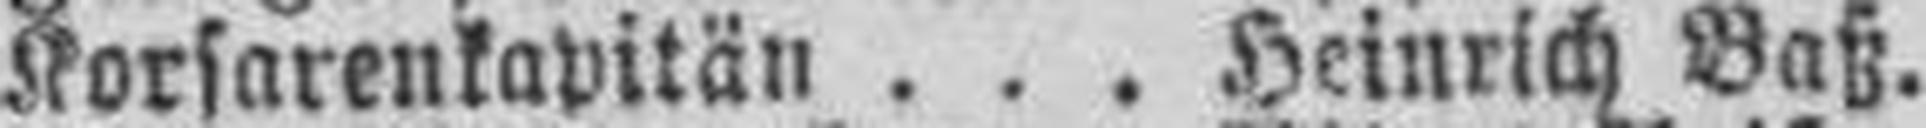
Korsarenkapitän . . . Heinrich Baß.